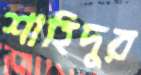
শাহিদুর